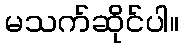
မသက်ဆိုင်ပါ။